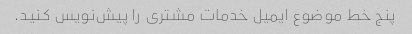
پنج خط موضوع ایمیل خدمات مشتری را پیش‌نویس کنید.